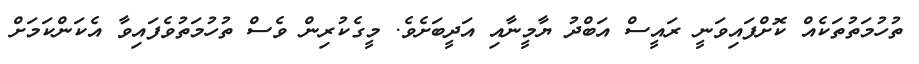
ތުހުމަތުތަކެއް ކޮށްފައިވަނީ ރައީސް އަބްދު ޔާމީނާއި އަދީބަށެވެ. މީގެކުރިން ވެސް ތުހުމަތުވެފައިވާ އެކަންކަމަށް